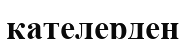
қателерден